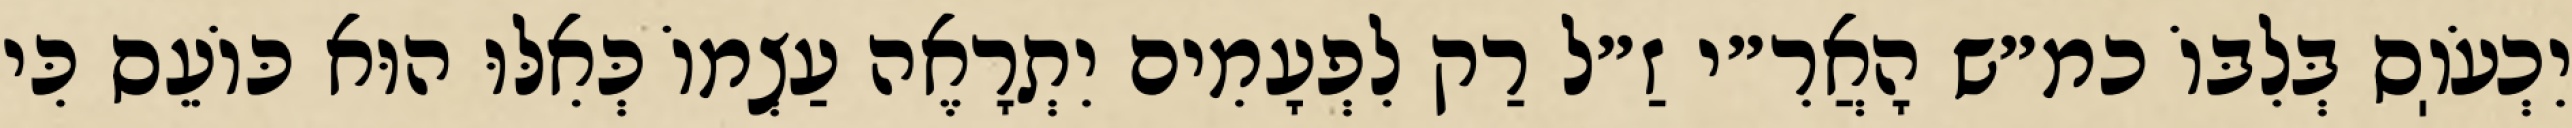
יִכְעֹוֽס בְּלִבּוֹ כמ״ש הָאֲרִ״י זַ״ל רַק לִפְעָמִים יִתְרָאֶה עַצְמוֹ כְּאִלּוּ הוּא כּוֹעֵס כִּי